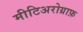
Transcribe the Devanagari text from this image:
मीटिअरोग्राफ़